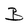
Character: B